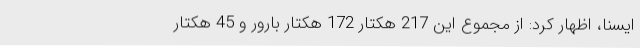
ایسنا، اظهار کرد: از مجموع این 217 هکتار 172 هکتار بارور و 45 هکتار